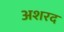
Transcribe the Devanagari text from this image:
अशरद